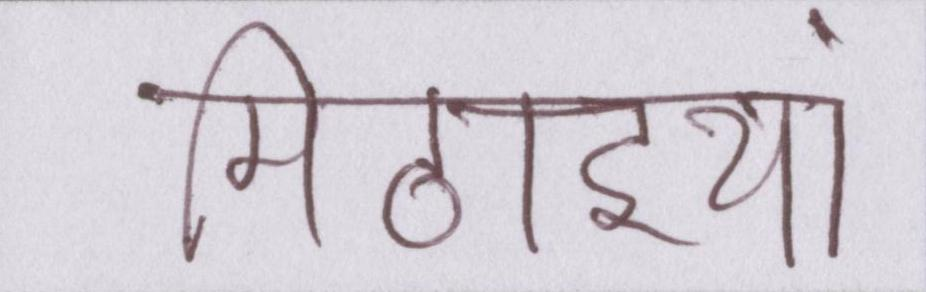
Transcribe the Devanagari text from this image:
मिठाइयां